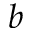
b